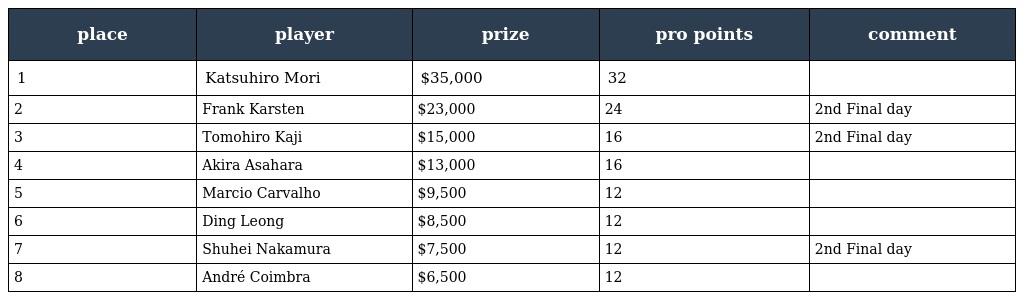
| place | player | prize | pro points | comment |
 | --- | --- | --- | --- | --- |
 | 1 | Katsuhiro Mori | $35,000 | 32 |  |
 | 2 | Frank Karsten | $23,000 | 24 | 2nd Final day |
 | 3 | Tomohiro Kaji | $15,000 | 16 | 2nd Final day |
 | 4 | Akira Asahara | $13,000 | 16 |  |
 | 5 | Marcio Carvalho | $9,500 | 12 |  |
 | 6 | Ding Leong | $8,500 | 12 |  |
 | 7 | Shuhei Nakamura | $7,500 | 12 | 2nd Final day |
 | 8 | André Coimbra | $6,500 | 12 |  |